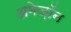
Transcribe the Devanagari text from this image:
अमेज़ॉन